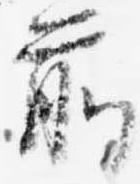
前